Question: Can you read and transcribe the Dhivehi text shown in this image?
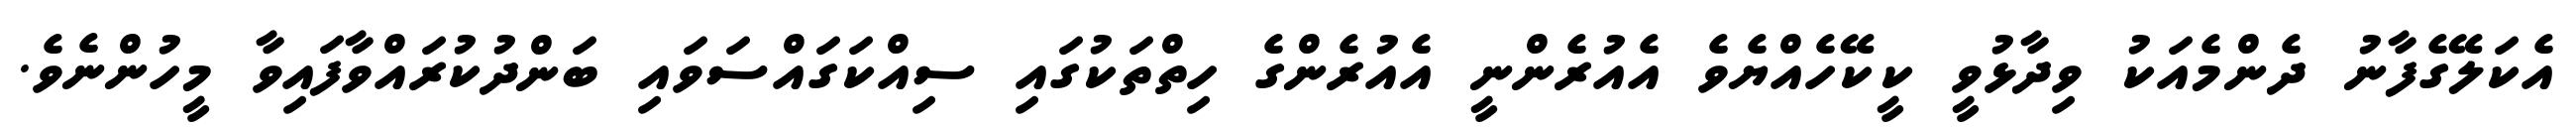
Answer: އެކަލޭގެފާނު ދެންމެއަކު ވިދާޅުވީ ކީކޭހެއްޔެވެ އެއުރެންނީ އެއުރެންގެ ހިތްތަކުގައި ސިއްކަގައްސަވައި ބަންދުކުރައްވާފައިވާ މީހުންނެވެ.